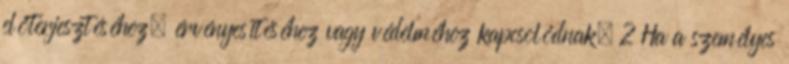
előterjesztéséhez, érvényesítéséhez vagy védelméhez kapcsolódnak. 2 Ha a személyes